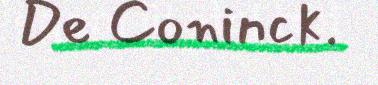
De Coninck.